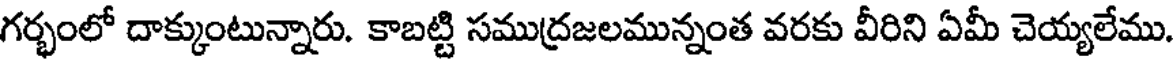
గర్భంలో దాక్కుంటున్నారు. కాబట్టి సముద్రజలమున్నంత వరకు వీరిని ఏమీ చెయ్యలేము.